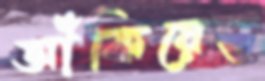
আঁকিয়েছ